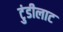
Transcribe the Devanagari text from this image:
टुंडीलाट